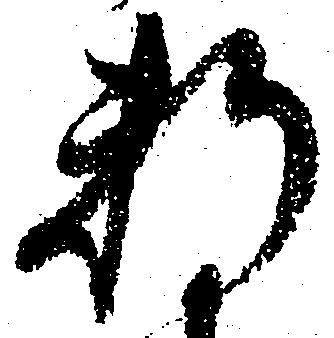
料